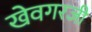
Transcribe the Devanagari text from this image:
खेवगरजी